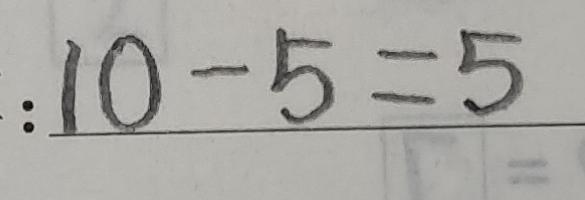
: 1 0 - 5 = 5